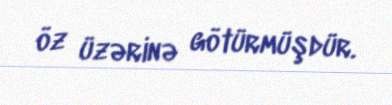
öz üzərinə götürmüşdür.